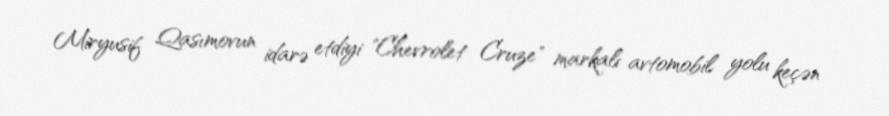
Miryusif Qasımovun idarə etdiyi "Chevrolet Cruze" markalı avtomobil yolu keçən